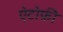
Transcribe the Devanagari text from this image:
ऐटोफ़ी